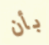
بأن